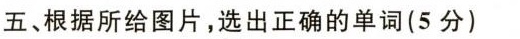
五、根据所给图片,选出正确的单词(5 分)